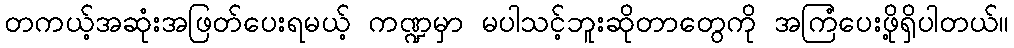
တကယ့်အဆုံးအဖြတ်ပေးရမယ့် ကဏ္ဍမှာ မပါသင့်ဘူးဆိုတာတွေကို အကြံပေးဖို့ရှိပါတယ်။